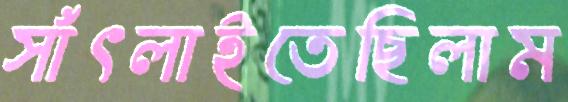
সাঁৎলাইতেছিলাম